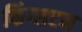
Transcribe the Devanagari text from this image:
किंग्‍सटन